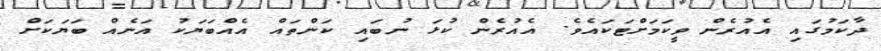
ދާކަމުގައި އެއުރެން ވީކަމަށްޓަކައެވެ. އެއުރެން ކުޅަ ނުބައި ކަންތައް އެއްބަޔަކު އަނެއް ބަޔަކަށް